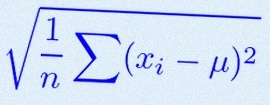
\sigma=\sqrt{\frac1n\sum(x_i-\mu)^2}